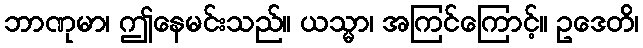
ဘာဏုမာ၊ ဤနေမင်းသည်။ ယသ္မာ၊ အကြင်ကြောင့်။ ဥဒေတိ၊